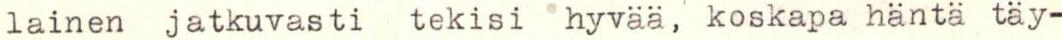
lainen jatkuvasti tekisi hyvää, koskapa häntä täy-